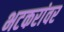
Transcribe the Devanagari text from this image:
भटकरांवर